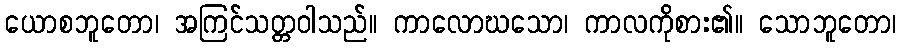
ယောစဘူတော၊ အကြင်သတ္တဝါသည်။ ကာလောဃသော၊ ကာလကိုစား၏။ သောဘူတော၊